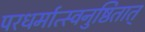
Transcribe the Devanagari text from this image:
परधर्मात्स्वनुष्ठितात्